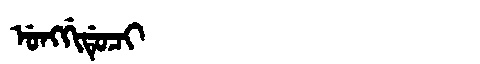
Manchu: ᡠᠩᡤᡳᡩᡠᠴᡳ
Romanization: UNGGIDUCI